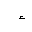
Letter: _hamza